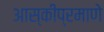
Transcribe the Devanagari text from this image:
आस्कीप्रमाणे